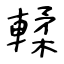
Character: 輮